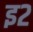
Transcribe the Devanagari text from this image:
इ२